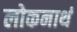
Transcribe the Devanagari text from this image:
लोकनाथं